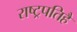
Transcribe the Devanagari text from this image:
राष्ट्रपतिहै